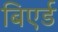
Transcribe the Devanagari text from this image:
बिएर्ड